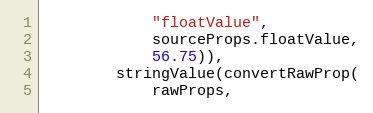
Language: C++
            "floatValue",
            sourceProps.floatValue,
            56.75)),
        stringValue(convertRawProp(
            rawProps,